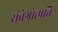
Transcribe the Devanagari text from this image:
संवेगोत्पत्ति